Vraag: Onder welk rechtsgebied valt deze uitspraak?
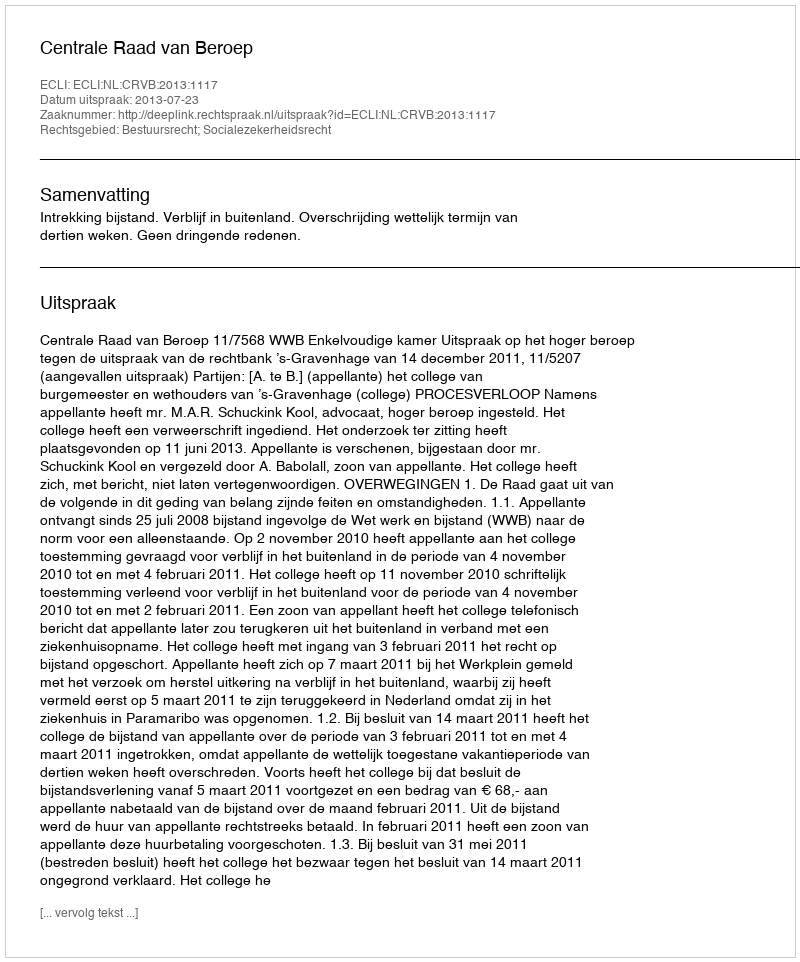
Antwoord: Bestuursrecht; Socialezekerheidsrecht